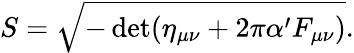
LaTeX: S=\sqrt{-\operatorname*{det}(\eta_{\mu\nu}+2\pi\alpha^{\prime}F_{\mu\nu})}.